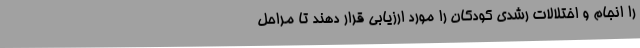
را انجام و اختلالات رشدی کودکان را مورد ارزیابی قرار دهند تا مراحل